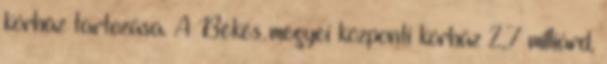
kórház tartozása. A Békés megyei központi kórház 2,7 milliárd,